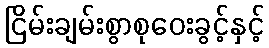
ငြိမ်းချမ်းစွာစုဝေးခွင့်နှင့်